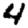
Digit: 4